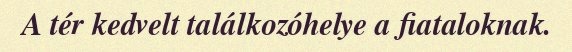
A tér kedvelt találkozóhelye a fiataloknak.